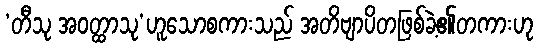
‘တီသု အဝတ္ထာသု’ဟူသောစကားသည် အတိဗျာပိတဖြစ်ခဲ့၏တကားဟု